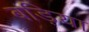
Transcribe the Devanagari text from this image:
बड़िया